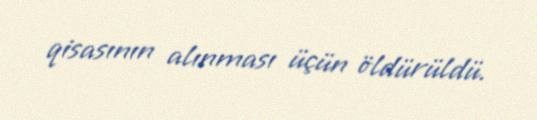
qisasının alınması üçün öldürüldü.